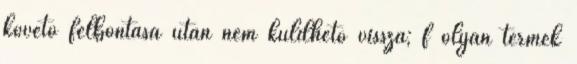
követő felbontása után nem küldhető vissza; f olyan termék